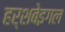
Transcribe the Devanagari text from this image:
हर्शबेइगल